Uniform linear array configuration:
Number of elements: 4
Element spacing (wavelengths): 0.25
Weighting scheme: uniform
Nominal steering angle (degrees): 15
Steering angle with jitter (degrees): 14.338
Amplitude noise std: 0.05
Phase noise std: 0.05

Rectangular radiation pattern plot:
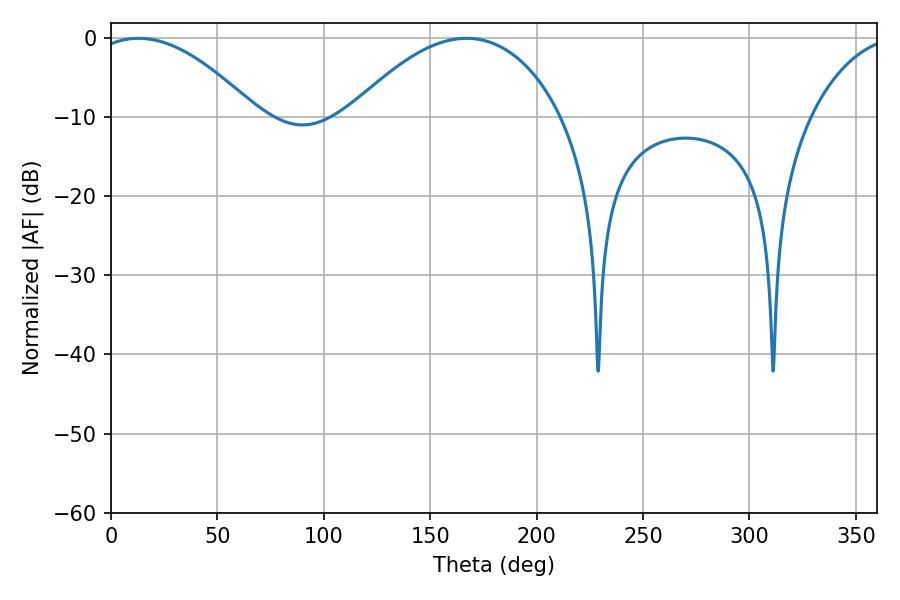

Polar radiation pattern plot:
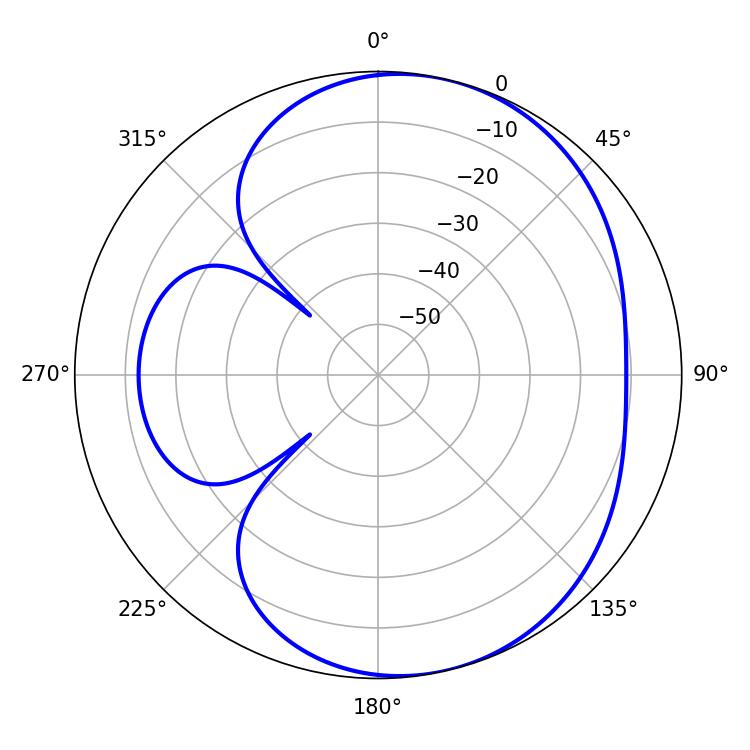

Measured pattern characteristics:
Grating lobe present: FALSE
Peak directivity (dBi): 5.636
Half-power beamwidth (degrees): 42.66
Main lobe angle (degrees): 12.96